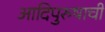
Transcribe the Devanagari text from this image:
आदिपुरुषाची